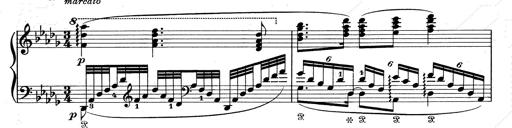
Title: Walhall aus Der Ring des Nibelungen
Composer: Franz Liszt